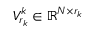
V _ { r _ { k } } ^ { k } \in \mathbb { R } ^ { N \times { r _ { k } } }